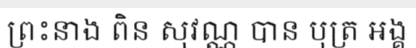
ព្រះនាង ពិន សុវណ្ណ បាន បុត្រ អង្គ